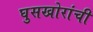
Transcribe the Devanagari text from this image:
घुसखोरांची